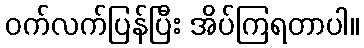
ဝက်လက်ပြန်ပြီး အိပ်ကြရတာပါ။